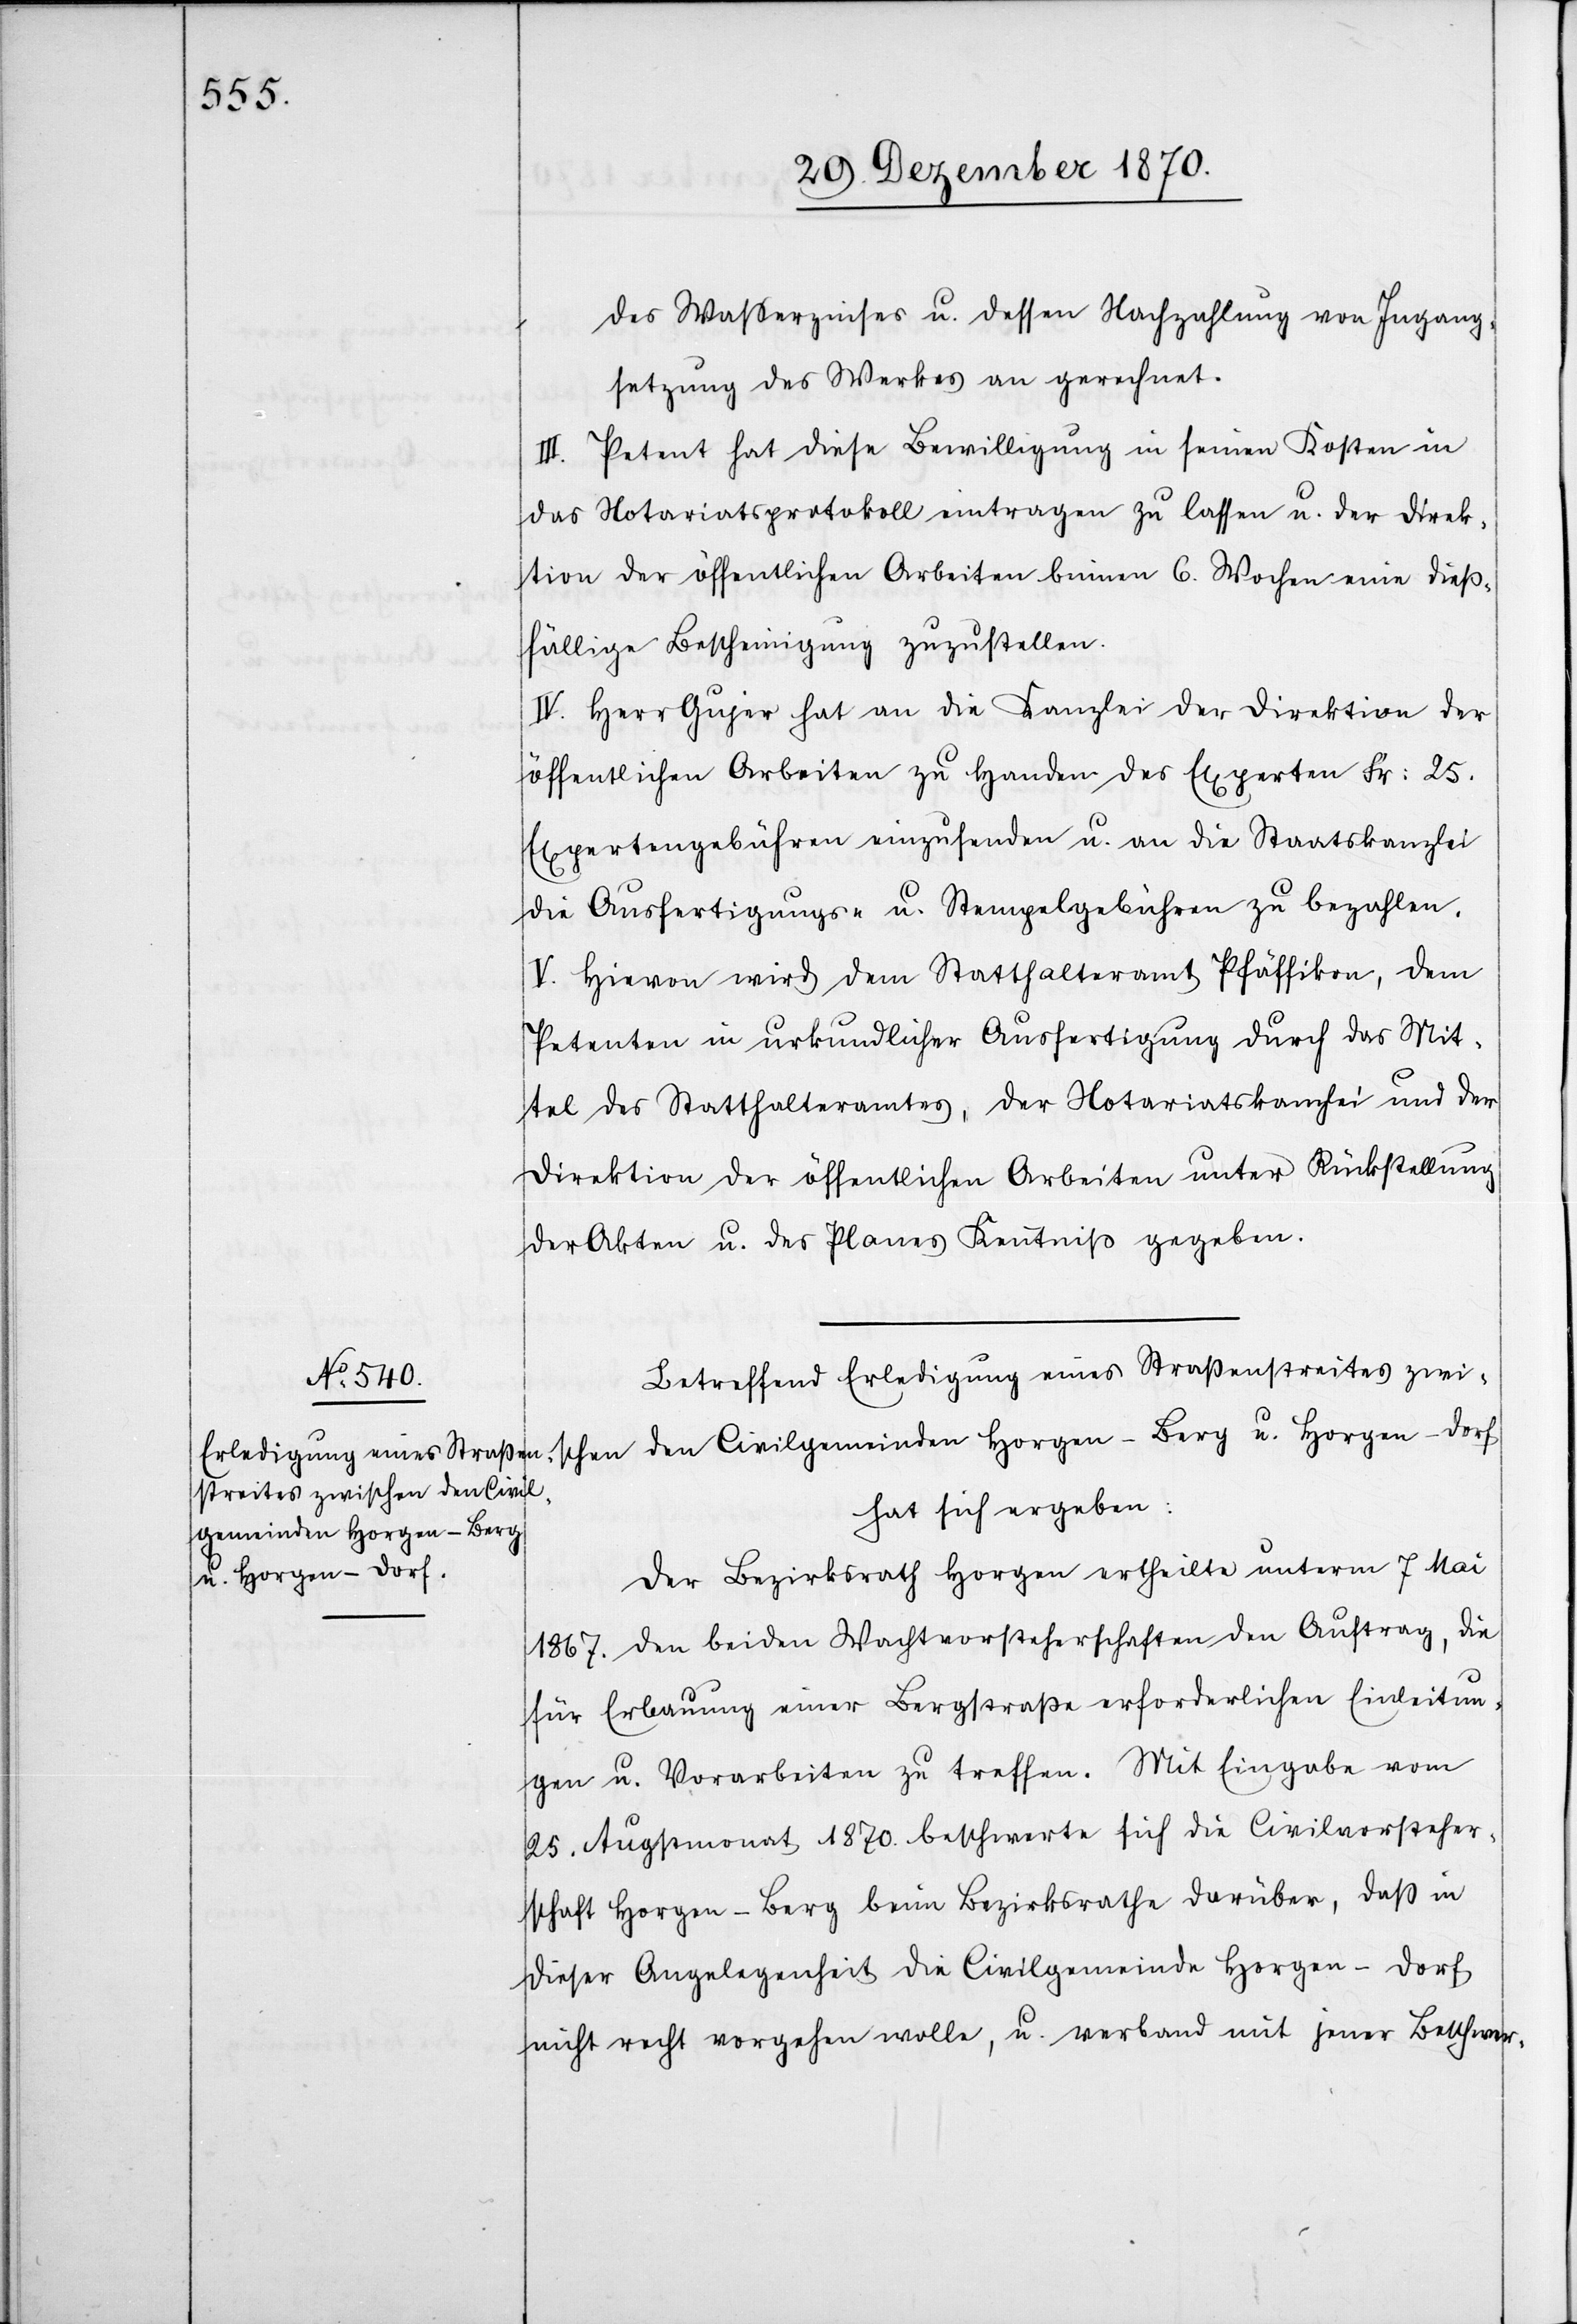
des Waßerzines u. dessen Nachzahlung von Ingang¬
setzung des Werkes an gerechnet.
III. Petent hat diese Bewilligung in seinen Kosten in
das Notariatsprotokoll eintragen zu lassen u. der Direk¬
tion der öffentlichen Arbeiten binnen 6. Wochen eine dieß¬
fällige Bescheinigung zuzustellen.
IV. Herr Gujer hat an die Kanzlei der Direktion der
öffentlichen Arbeiten zu Handen des Experten Fr: 25.
Expertengebühren einzusenden u. an die Staatskanzlei
die Ausfertigungs- u. Stempelgebühren zu bezahlen.
V. Hievon wird dem Statthalteramt Pfäffikon, dem
Petenten in urkundlicher Ausfertigung durch das Mit¬
tel des Statthalteramtes, der Notariatskanzlei und der
Direktion der öffentlichen Arbeiten unter Rückstellung
der Akten u. des Planes Kenntniß gegeben.
Betreffend Erledigung eines Straßenstreites zwi¬
schen den Civilgemeinden Horgen -Berg u. Horgen - Dorf
hat sich ergeben:
Der Bezirksrath Horgen ertheilte unterm 7 Mai
1867. den beiden Wachtvorsteherschaften den Auftrag, die
für Erbauung einer Bergstraße erforderlichen Einleitun¬
gen u. Vorarbeiten zu treffen. Mit Eingabe vom
25. Augstmonat 1870. beschwerte sich die Civilvorsteher¬
schaft Horgen - Berg beim Bezirksrath darüber, daß in
dieser Angelegenheit die Civilgemeinde Horgen - Dorf
nicht recht vorgehen wolle, u. verband mit jener Beschwer-